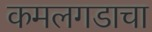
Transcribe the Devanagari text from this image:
कमलगडाचा